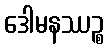
ဒေါမနဿဉ္စ